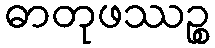
ဓာတုဖဿဉ္စ